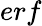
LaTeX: erf